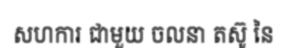
សហការ ជាមួយ ចលនា តស៊ូ នៃ